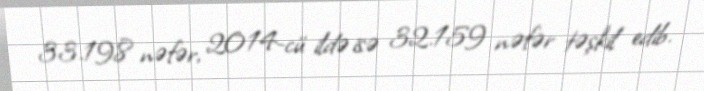
33.198 nəfər, 2014-cü ildə isə 32.159 nəfər təşkil edib.